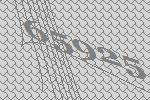
65925